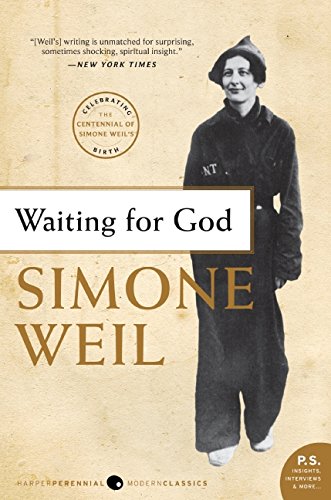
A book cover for Waiting for God; Simone Weil; Politics & Social Sciences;